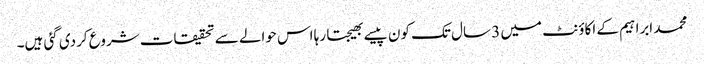
محمد ابراہیم کے اکاؤنٹ میں 3 سال تک کون پیسے بھیجتا رہا اس حوالے سے تحقیقات شروع کردی گئی ہیں۔